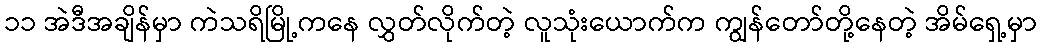
၁၁ အဲဒီအချိန်မှာ ကဲသရိမြို့ကနေ လွှတ်လိုက်တဲ့ လူသုံးယောက်က ကျွန်တော်တို့နေတဲ့ အိမ်ရှေ့မှာ